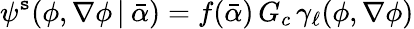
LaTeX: \psi^{\mathtt{s}}(\phi,\nabla\phi\, |\: \bar{{\alpha}})=f(\bar{{\alpha}})\, G_{c}\, {\gamma}_{\ell}(\phi,\nabla\phi)